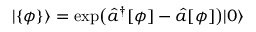
| \{ \phi \} \rangle = \exp \bigl ( \hat { a } ^ { \dagger } [ \phi ] - \hat { a } [ \phi ] \bigr ) | 0 \rangle